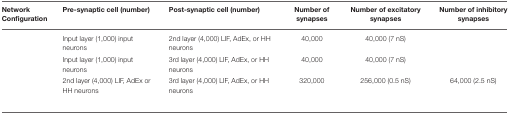
<table><thead><tr><td><b>Network Configuration</b></td><td><b>Pre-synaptic cell (number)</b></td><td><b>Post-synaptic cell (number)</b></td><td><b>Number of synapses</b></td><td><b>Number of excitatory synapses</b></td><td><b>Number of inhibitory synapses</b></td></tr></thead><tbody><tr><td></td><td>Input layer (1,000) input neurons</td><td>2nd layer (4,000) LIF, AdEx, or HH neurons</td><td>40,000</td><td>40,000 (7 nS)</td><td></td></tr><tr><td></td><td>Input layer (1,000) input neurons</td><td>3rd layer (4,000) LIF, AdEx, or HH neurons</td><td>40,000</td><td>40,000 (7 nS)</td><td></td></tr><tr><td></td><td>2nd layer (4,000) LIF, AdEx or HH neurons</td><td>3rd layer (4,000) LIF, AdEx, or HH neurons</td><td>320,000</td><td>256,000 (0.5 nS)</td><td>64,000 (2.5 nS)</td></tr></tbody></table>